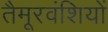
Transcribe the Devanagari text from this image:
तैमूरवंशियों